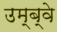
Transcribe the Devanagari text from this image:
उम्ब्वे